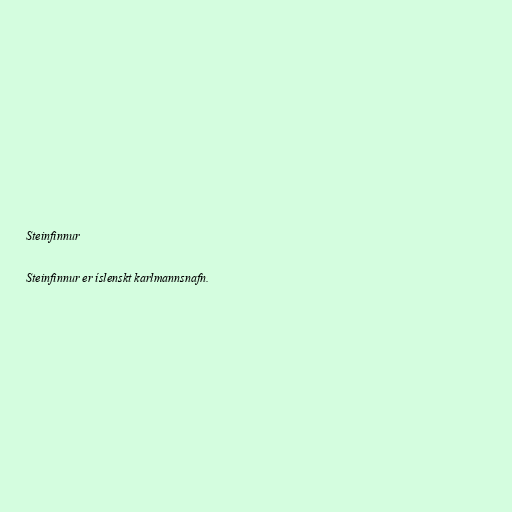
Steinfinnur

Steinfinnur er íslenskt karlmannsnafn.